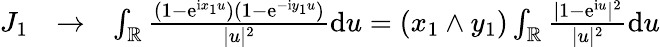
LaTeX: \begin{array}{rlr}{J_{1}}&{\to}&{\int_{\mathbb{R}}\frac{(1-\mathrm e^{\mathrm ix_{1}u})(1-\mathrm e^{-\mathrm iy_{1}u})}{|u|^{2}}\mathrm du=(x_{1}\wedge y_{1})\int_{\mathbb{R}}\frac{|1-\mathrm e^{\mathrm iu}|^{2}}{|u|^{2}}\mathrm du}\end{array}